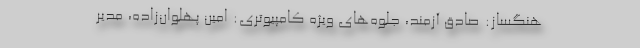
هنگساز: صادق آزمند، جلوه‌های ویژه کامپیوتری: امین پهلوان‌زاده، مدیر